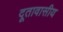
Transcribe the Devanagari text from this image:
दूतावासीय